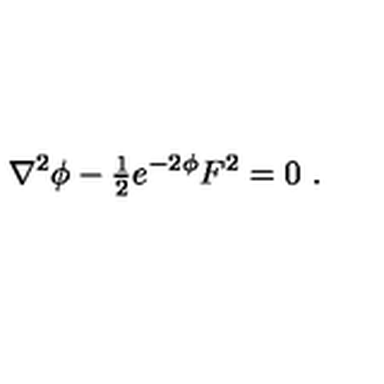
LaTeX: \nabla ^ { 2 } \phi - { \textstyle \frac { 1 } { 2 } } e ^ { - 2 \phi } F ^ { 2 } = 0 \ .